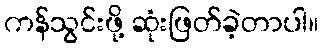
ကန်သွင်းဖို့ ဆုံးဖြတ်ခဲ့တာပါ။